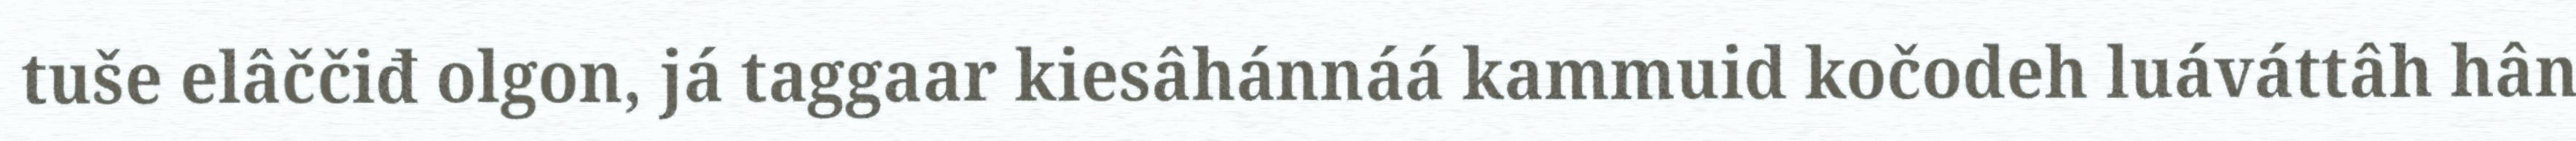
tuše elâččiđ olgon, já taggaar kiesâhánnáá kammuid kočodeh luáváttâh hân